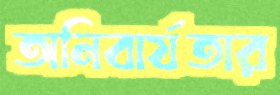
অনিবার্যতার